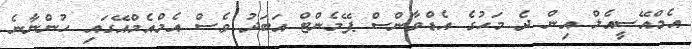
އެމްއޭސީއެލް އިން ދެ މަހުގެ އެޑްވާންސް ޕޭމެންޓް އަބަދު ވެސް އެމްއެމްއޭގައި ހުންނާނެ